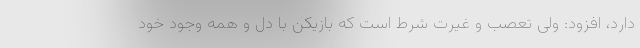
دارد، افزود: ولی تعصب و غیرت شرط است که بازیکن با دل و همه وجود خود